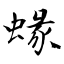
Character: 蝝